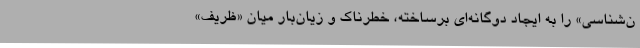
ن‌شناسی» را به ایجاد دوگانه‌ای برساخته، خطرناک و زیان‌بار میان «ظریف»